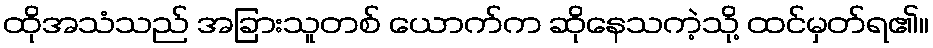
ထိုအသံသည် အခြားသူတစ် ယောက်က ဆိုနေသကဲ့သို့ ထင်မှတ်ရ၏။